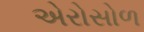
એરોસોળ